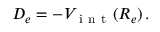
D _ { e } = - V _ { \mathrm { ~ i ~ n ~ t ~ } } ( R _ { e } ) \, .